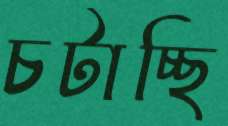
চটাচ্ছি